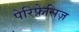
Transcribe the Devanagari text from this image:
पेरिफ्रेसिज़